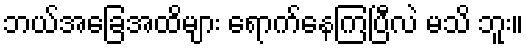
ဘယ်အခြေအထိများ ရောက်နေကြပြီလဲ မသိ ဘူး။